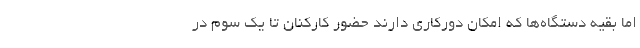
اما بقیه دستگاه‌ها که امکان دورکاری دارند حضور کارکنان تا یک سوم در